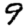
Digit: 9